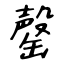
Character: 罄